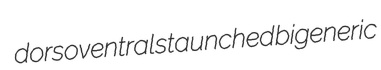
dorsoventral staunched bigeneric